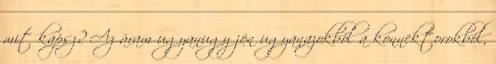
mit kapsz? Az áram ugyanugy jön ugyanazokból a konnektorokból,